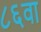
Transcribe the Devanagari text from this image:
८६वा